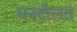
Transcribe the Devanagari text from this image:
धनदौलत